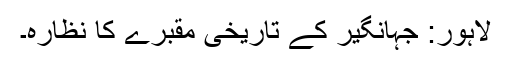
لاہور: جہانگیر کے تاریخی مقبرے کا نظارہ۔